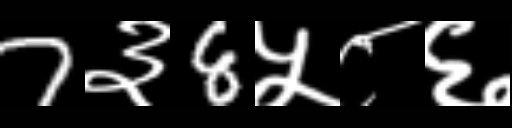
Text: 7३8५८६